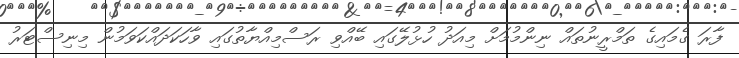
ފާރަ ގެމައިގެ ތަމްރީނުތައް ނިންމުމަށް މިއަދު ހުޅުލޭގައި ބޭއްވި ރަސްމިއްޔާތުގައި ވާހަކަދައްކަވަމުން މިނިސްޓަރު